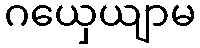
ဂယှေယျာမ